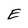
Character: E